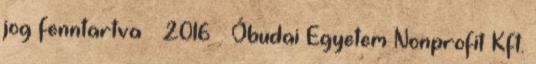
jog fenntartva – 2016 – Óbudai Egyetem Nonprofit Kft.